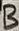
Text: B